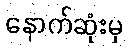
နောက်ဆုံးမှ